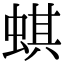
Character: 蜞